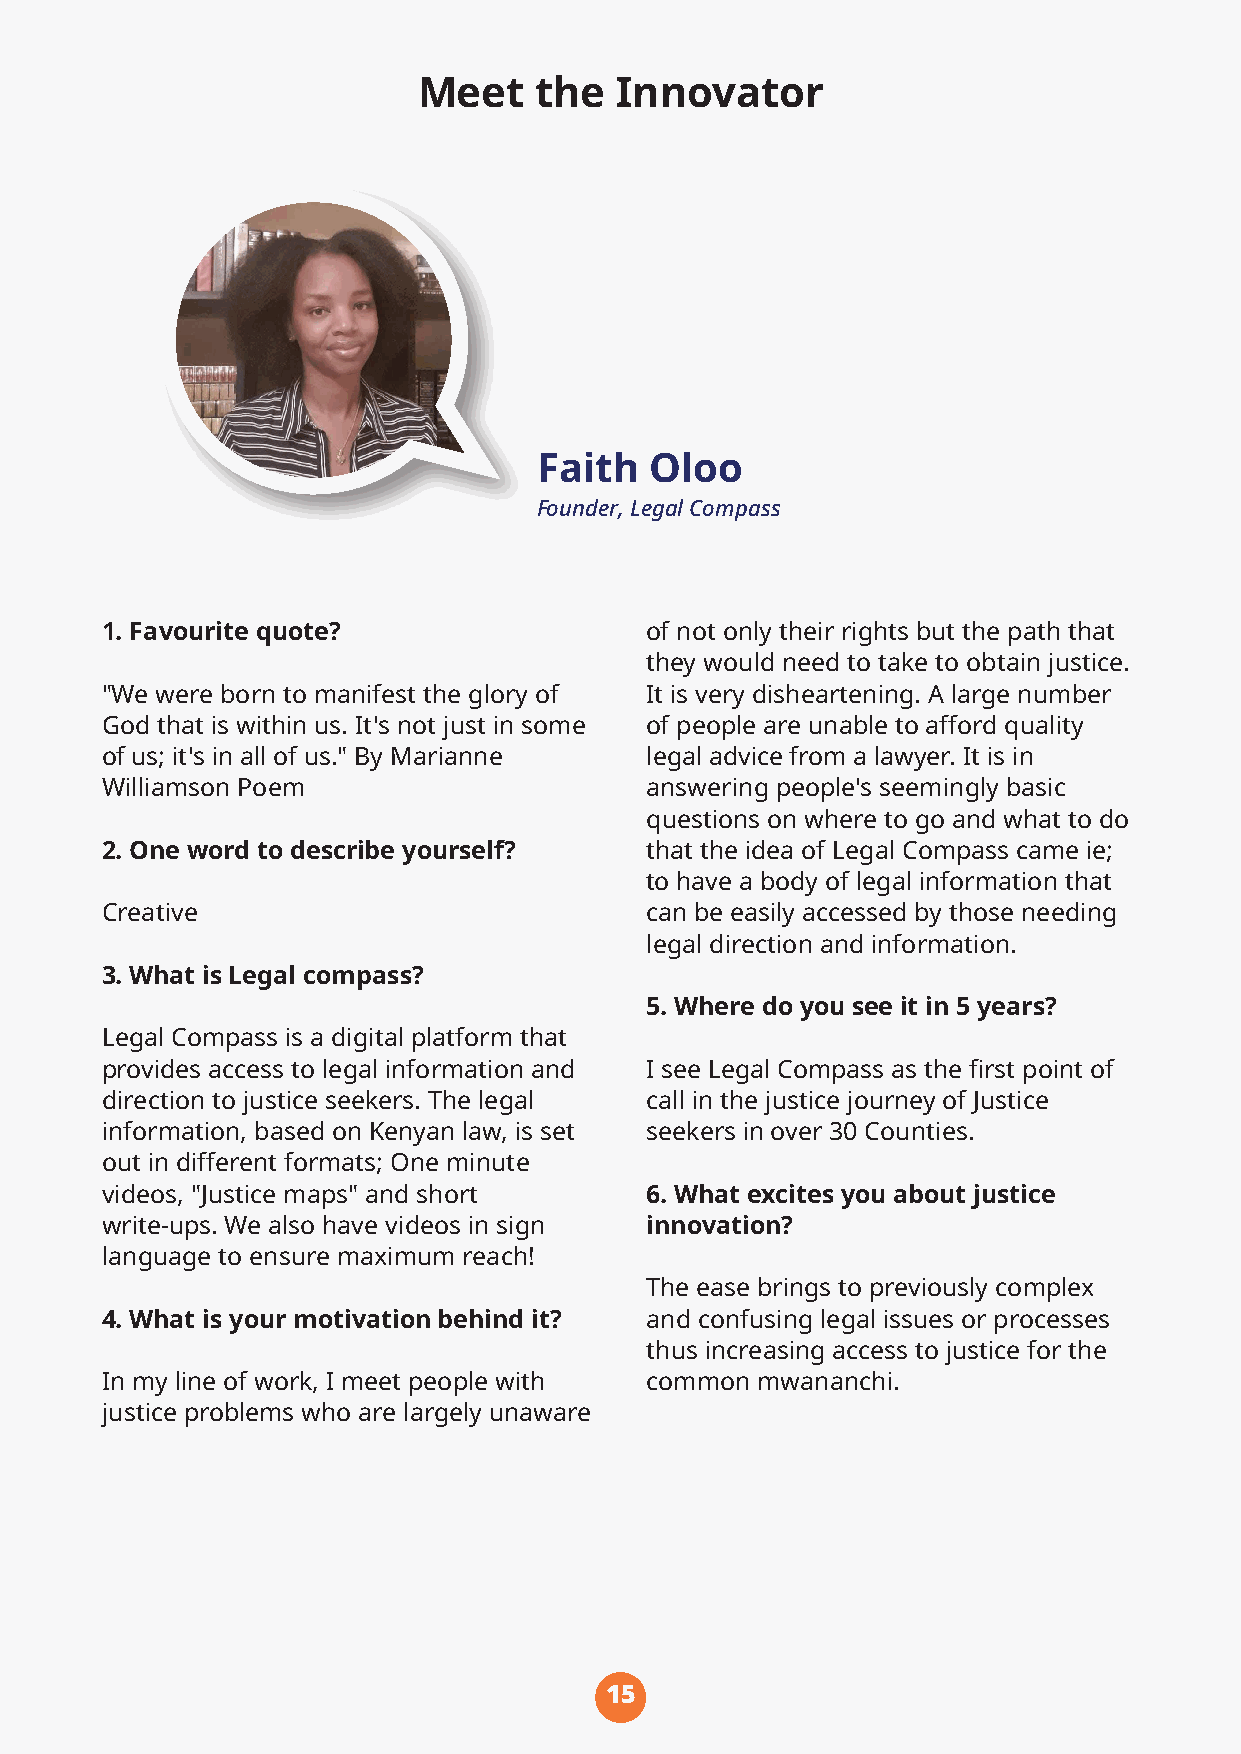
Meet   the   Innovator
 Faith  Oloo
 Founder, Legal Compass
 1. Favourite quote?                 of not only their rights but the path that
 they would need to take to obtain justice.
 "We were born to manifest the glory of It is very disheartening. A large number
 God that is within us. It's not just in some of people are unable to afford quality
 of us; it's in all of us." By Marianne legal advice from a lawyer. It is in
 Williamson Poem                     answering people's seemingly basic
 questions on where to go and what to do
 2. One word to describe yourself?   that the idea of Legal Compass came ie;
 to have a body of legal information that
 Creative                            can be easily accessed by those needing
 legal direction and information.
 3. What is Legal compass?
 5. Where do you see it in 5 years?
 Legal Compass is a digital platform that
 provides access to legal information and I see Legal Compass as the first point of
 direction to justice seekers. The legal call in the justice journey of Justice
 information, based on Kenyan law, is set seekers in over 30 Counties.
 out in different formats; One minute
 videos, "Justice maps" and short    6. What excites you about justice
 write-ups. We also have videos in sign innovation?
 language to ensure maximum reach!
 The ease brings to previously complex
 4. What is your motivation behind it? and confusing legal issues or processes
 thus increasing access to justice for the
 In my line of work, I meet people with common mwananchi.
 justice problems who are largely unaware
 15